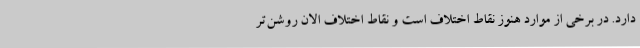
دارد. در برخی از موارد هنوز نقاط اختلاف است و نقاط اختلاف الان روشن‌تر